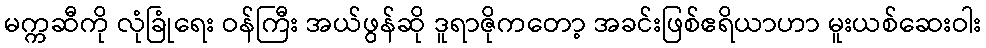
မက္ကဆီကို လုံခြုံရေး ဝန်ကြီး အယ်ဖွန်ဆို ဒူရာဇိုကတော့ အခင်းဖြစ်ဧရိယာဟာ မူးယစ်ဆေးဝါး